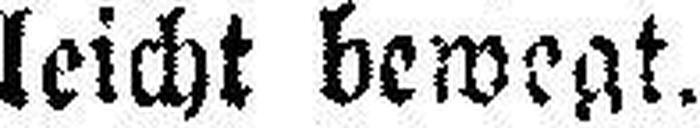
leicht bewegt.